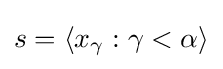
s=\langle x_{\gamma }:\gamma <\alpha \rangle